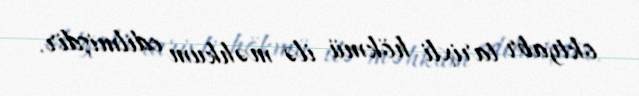
oktyabr tarixli hökmü ilə məhkum edilmişdir.